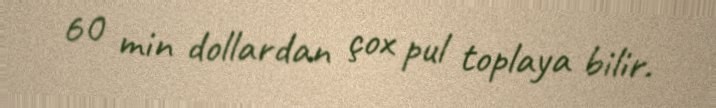
60 min dollardan çox pul toplaya bilir.